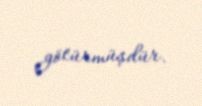
götürmüşdür.